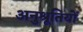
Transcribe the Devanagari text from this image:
अनुश्रूतियों